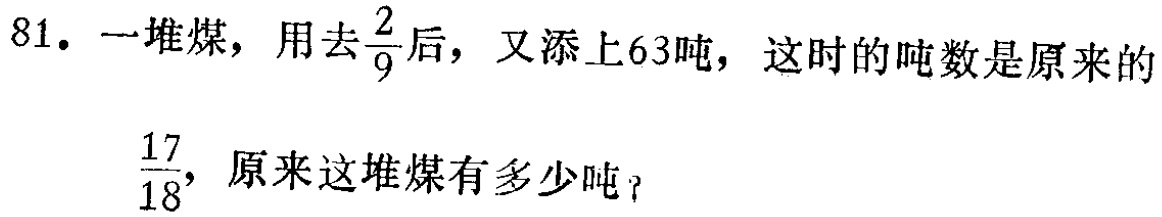
81. 一堆煤，用去$\frac{2}{9}$后，又添上63吨，这时的吨数是原来的$\frac{17}{18}$，原来这堆煤有多少吨？